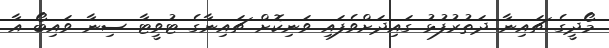
މޯދީގެ ޗައިނާ ދަތުރުފުޅު ގައިދަށްވެފައި ވަނިކޮށް ޗައިނާގެ ޓުވީޓާ ސިނާ ވައިބޯ އާ